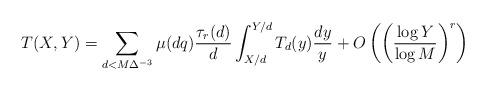
LaTeX: \begin{align*} T(X,Y)=\sum_{d<M\Delta^{-3}}\mu(dq)\frac{\tau_r(d)}{d}\int_{X/d}^{Y/d}T_d(y)\frac{dy}{y}+O\left(\left(\frac{\log{Y}}{\log{M}}\right)^r\right)\end{align*}